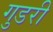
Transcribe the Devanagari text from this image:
गुडरी